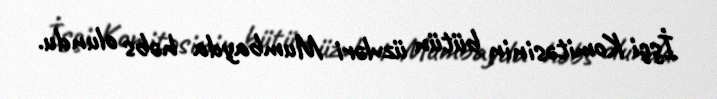
İşçi Komitəsinin bütün üzvləri Mumbayda həbs olundu.